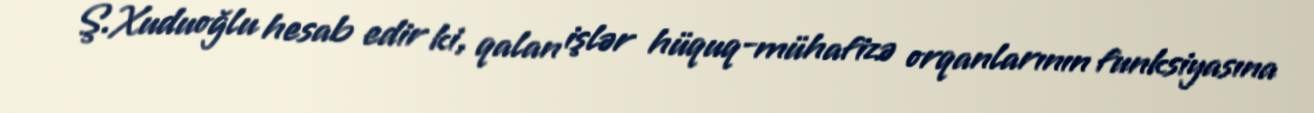
Ş.Xuduoğlu hesab edir ki, qalan işlər hüquq-mühafizə orqanlarının funksiyasına